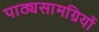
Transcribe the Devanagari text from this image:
पाठ्यसामग्रियों